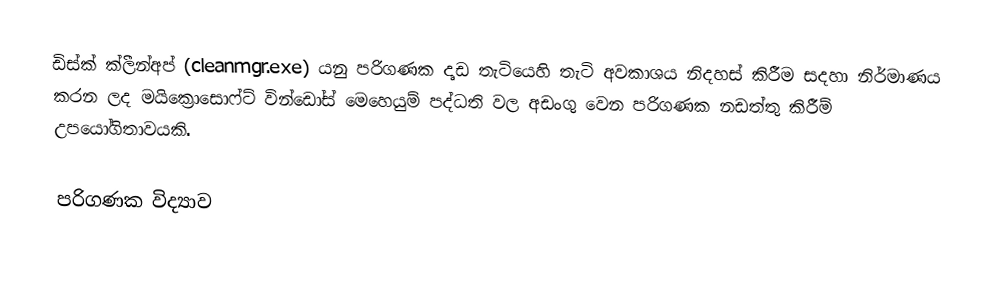
ඩිස්ක් ක්ලීන්අප් (cleanmgr.exe) යනු පරිගණක දෘඩ තැටියෙහි තැටි අවකාශය නිදහස් කිරීම සදහා නිර්මාණය කරන ලද මයික්‍රොසොෆ්ට් වින්ඩෝස් මෙහෙයුම් පද්ධති වල අඩංගු වෙන පරිගණක නඩත්තු කිරීම් උපයෝගිතාවයකි.

පරිගණක විද්‍යාව